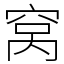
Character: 窝